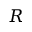
R